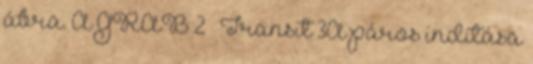
ábra. A GRAB 2 – Transit 3A páros indítása